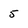
Character: 5